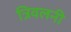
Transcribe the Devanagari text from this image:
त्रिवलनी